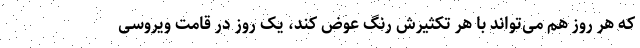
که هر روز هم می‌تواند با هر تکثیرش رنگ عوض کند، یک روز در قامت ویروسی